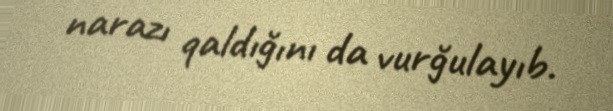
narazı qaldığını da vurğulayıb.